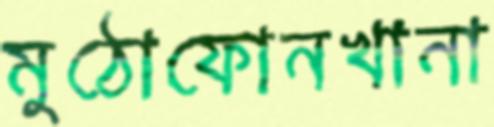
মুঠোফোনখানা